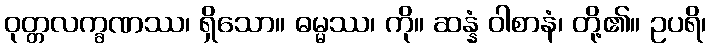
ဝုတ္တလက္ခဏဿ၊ ရှိသော။ ဓမ္မဿ၊ ကို။ ဆန္နံ ဝါစာနံ၊ တို့၏။ ဥပရိ၊